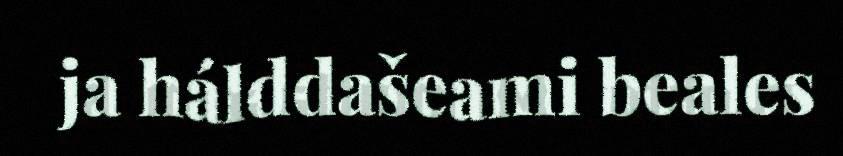
ja hálddašeami beales